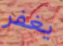
يغفر